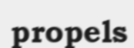
propels